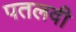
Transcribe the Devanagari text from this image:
पतलवी